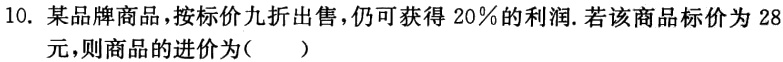
10. 某品牌商品，按标价九折出售，仍可获得$20\%$的利润. 若该商品标价为$28$元，则商品的进价为(  )